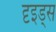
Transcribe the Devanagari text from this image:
दृइड्स